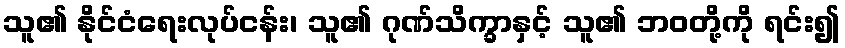
သူ၏ နိုင်ငံရေးလုပ်ငန်း၊ သူ၏ ဂုဏ်သိက္ခာနှင့် သူ၏ ဘဝတို့ကို ရင်း၍